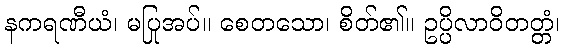
နကရဏီယံ၊ မပြုအပ်။ စေတသော၊ စိတ်၏။ ဥပ္ပိလာဝိတတ္တံ၊